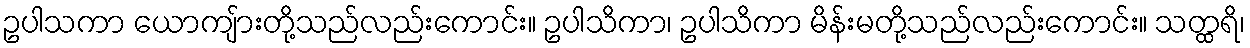
ဥပါသကာ ယောကျ်ားတို့သည်လည်းကောင်း။ ဥပါသိကာ၊ ဥပါသိကာ မိန်းမတို့သည်လည်းကောင်း။ သတ္ထရိ၊